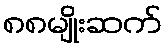
၈၈မျိုးဆက်